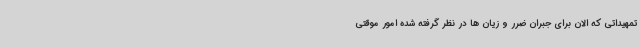
تمهیداتی که الان برای جبران ضرر و زیان ها در نظر گرفته شده امور موقتی